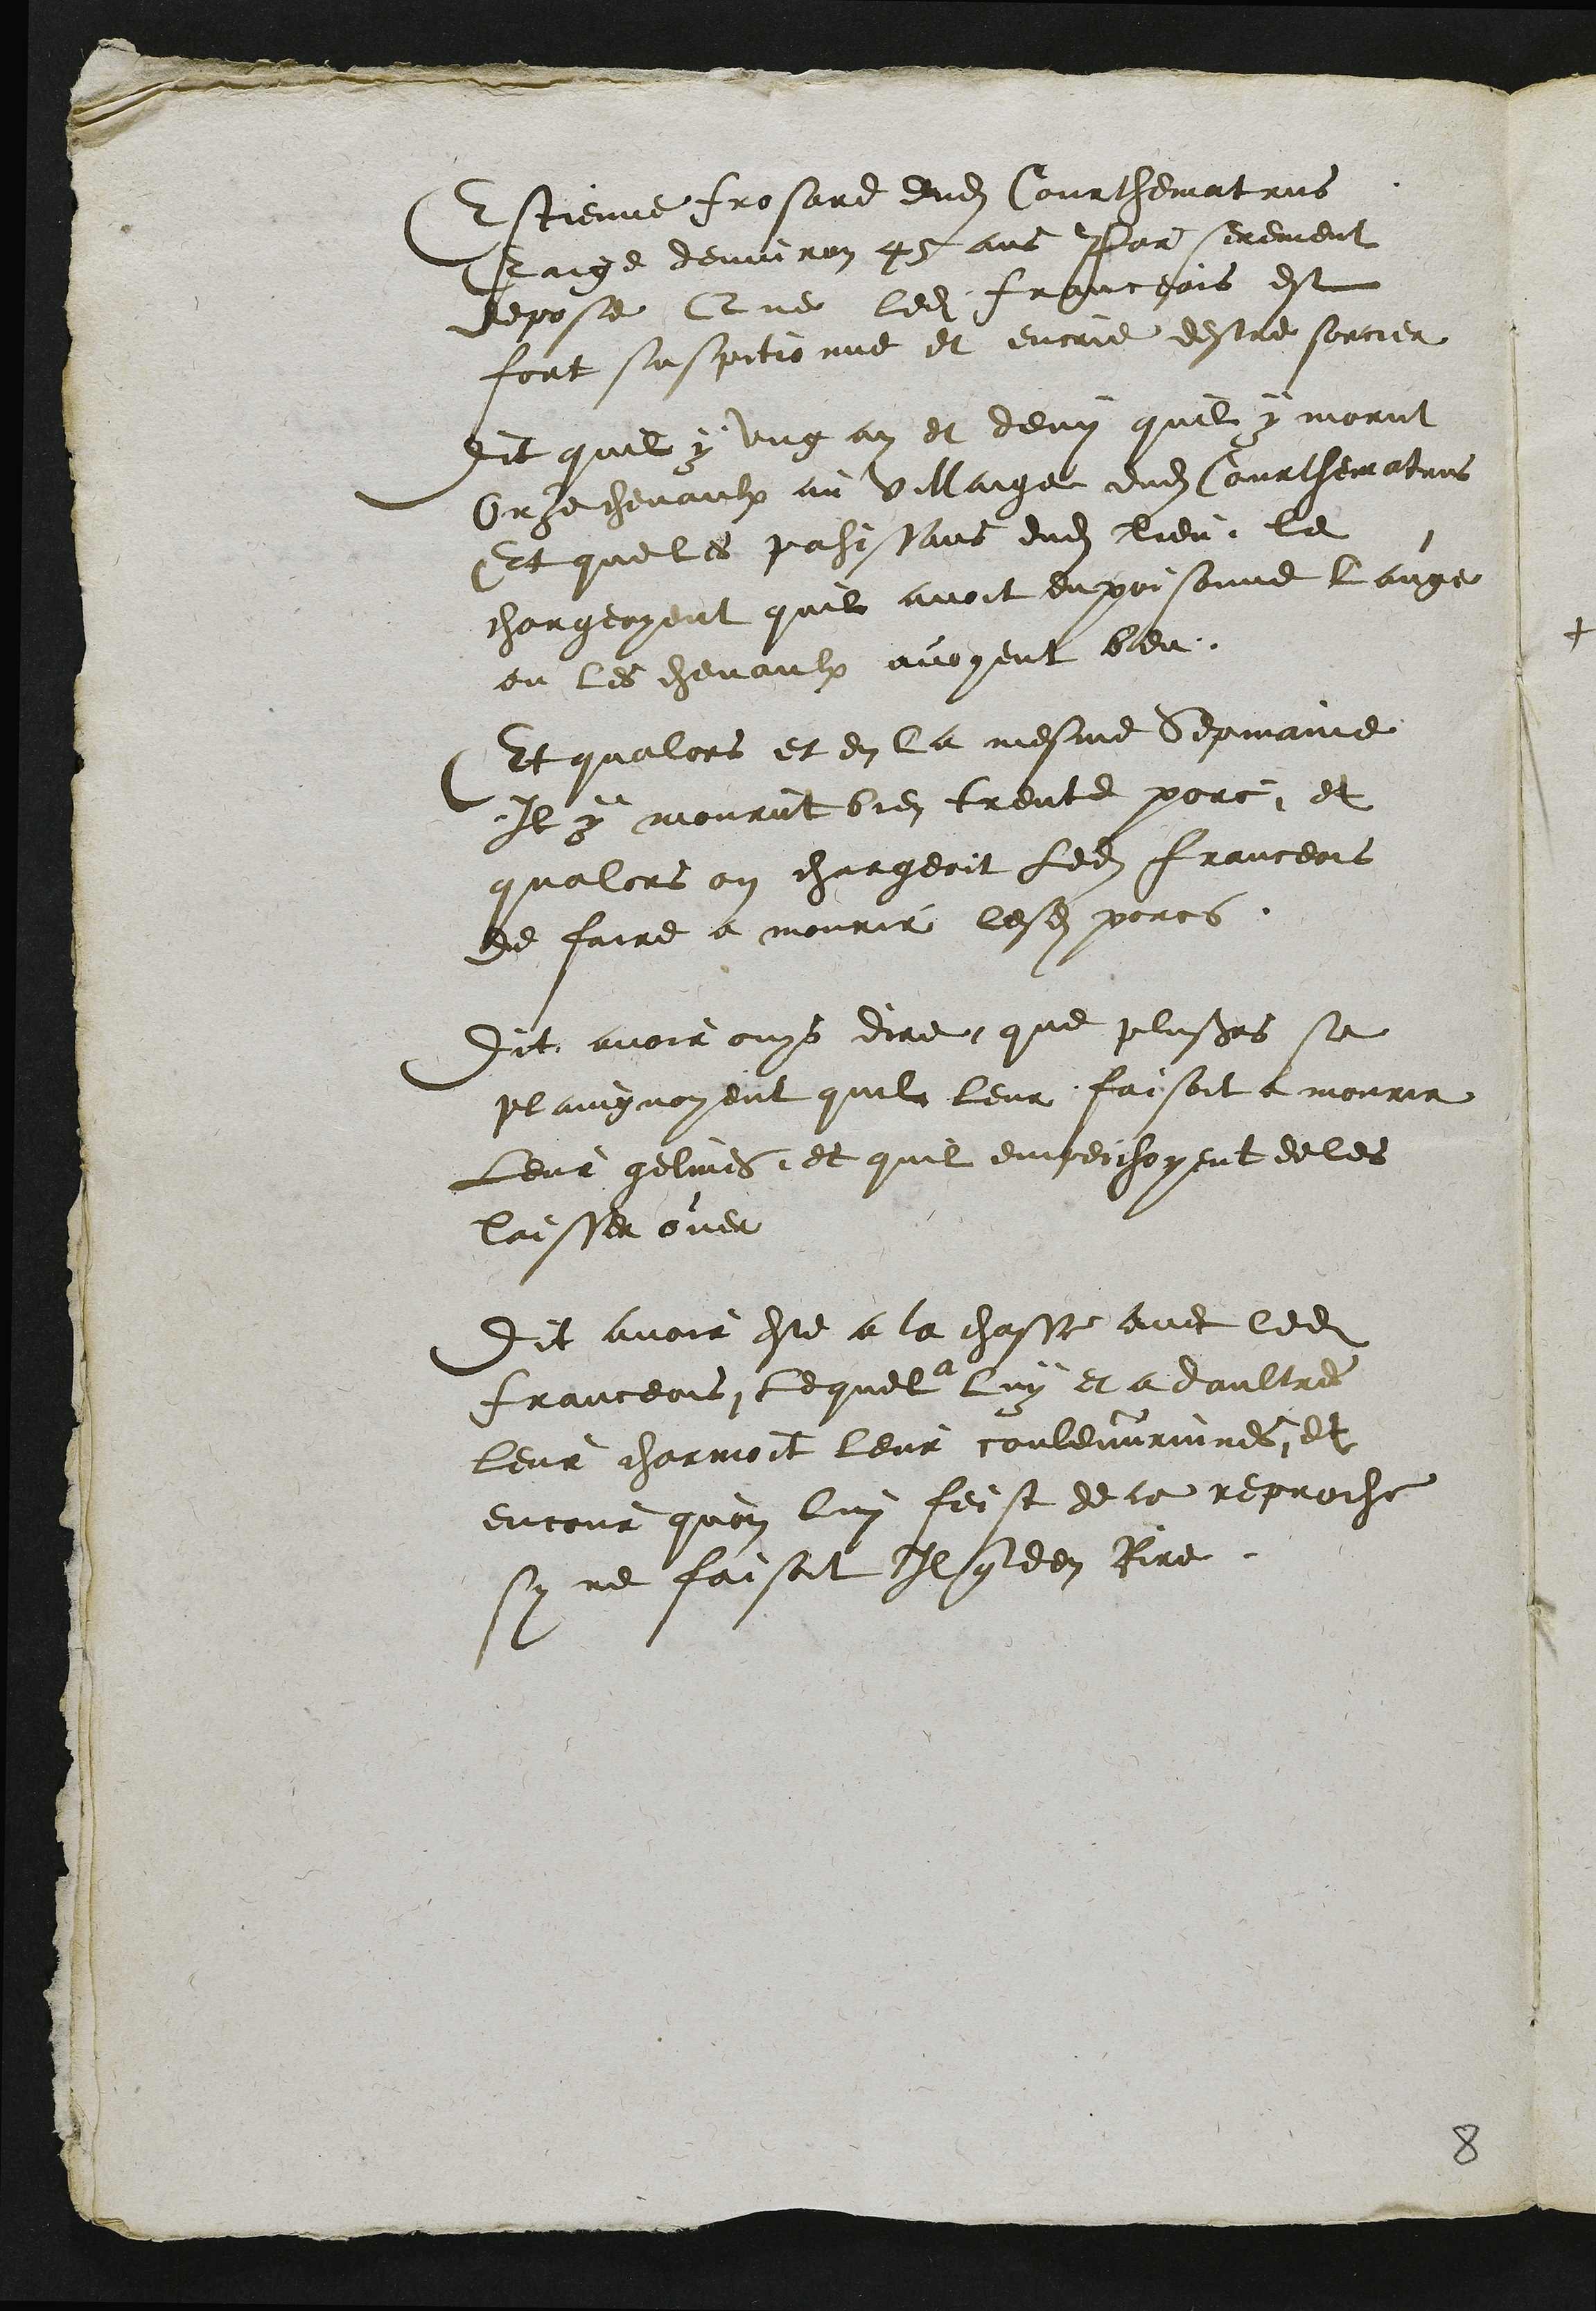
Estienne frosard dudit Courthematrus
Eaige denviron 45 ans Par serement
depose Que ledit franceois est
fort suspitionne et encrie destre sorcier
Dit quil y ung an et demy quil y morut
Onze chevaulx au villaige dudit Courthematrus
Et que les pahissans dudit lieu le
chargeoyent quil avoit enpoisonne lauge
ou les chevaulx avoyent beu
Et qualors et en la mesme Sepmaine
Il y mourut bien trente porc et
qualors on chargeoit ledit franceois
de faire a mourir lesdits porcs
Dit avoir ouys dire que plusieurs se
plaingnoyent quil leur faisoit a mourir
Leur gelines, et quil empeichoyent de les
laisser over
Dit avoir este a la chasse avec ledit
Franceois lequel a luy et a daultres
leur charmoit leur couleuvrinnes, et
encour quon lui feist de ce reproche
sy ne faisoit Il que den Rire